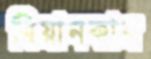
বিয়ানকার